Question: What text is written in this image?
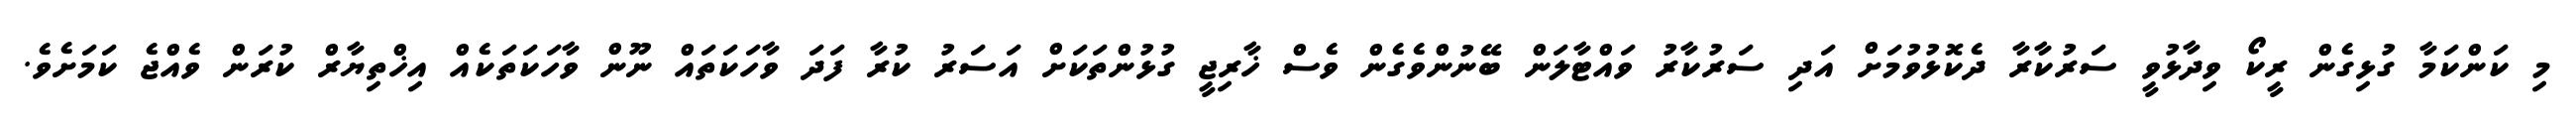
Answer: މި ކަންކަމާ ގުޅިގެން ރީކޯ ވިދާޅުވީ ސަރުކާރާ ދެކޮޅުވުމަށް އަދި ސަރުކާރު ވައްޓާލަން ބޭނުންވެގެން ވެސް ޚާރިޖީ ގުޅުންތަކަށް އަސަރު ކުރާ ފަދަ ވާހަކަތައް ނޫން ވާހަކަތަކެއް އިޚްތިޔާރް ކުރަން ވެއްޖެ ކަމަށެވެ.